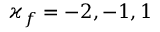
\varkappa _ { f } = - 2 , - 1 , 1